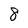
Character: 8